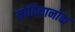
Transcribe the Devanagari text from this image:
नोविचानोक